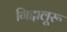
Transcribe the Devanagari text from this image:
गिद्दालूरू